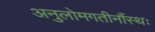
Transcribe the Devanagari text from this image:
अनुलोमगतीनौंस्थः